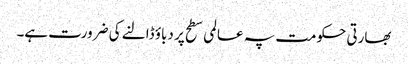
بھارتی حکومت پہ عالمی سطح پر دباؤ ڈالنے کی ضرورت ہے۔